Report on vaccination in Madras 1904-1921 - 1904-1921
Year: 1904
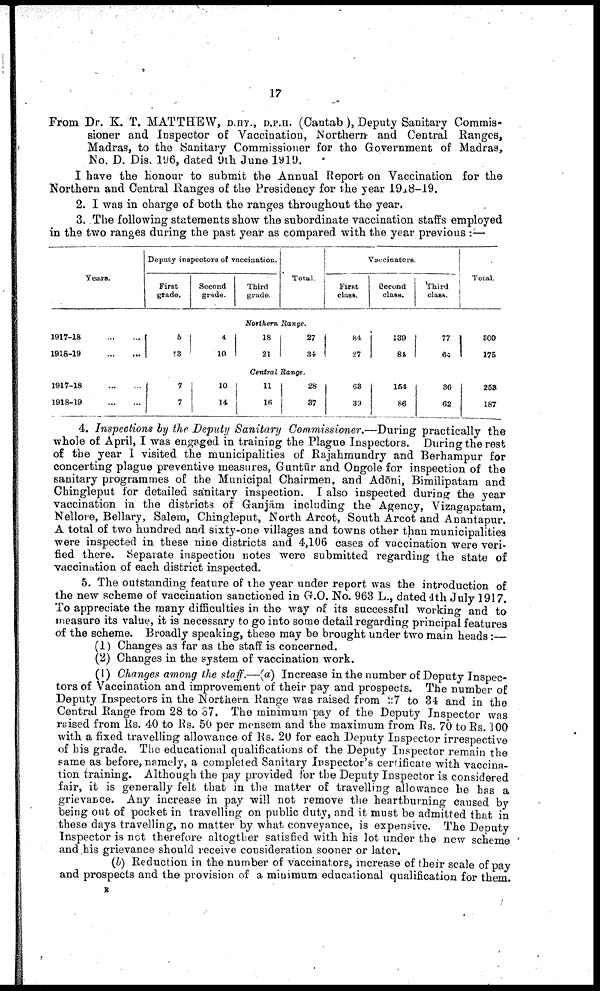
17
From Dr. K. T. MATTHEW, D.HY., D.P.H. (Cantab), Deputy Sanitary Commis-
sioner and Inspector of Vaccination, Northern- and Central Ranges,
Madras, to the Sanitary Commissioner for the Government of Madras,
No. D. Dis. 196, dated 9th June 1919.
I have the honour to submit the Annual Report on Vaccination for the
Northern and Central Ranges of the Presidency for the year 1918-19.
2. I was in charge of both the ranges throughout the year.
3. The following statements show the subordinate vaccination staffs employed
in the two ranges during the past year as compared with the year previous :—
Years,
Deputy inspectors of vaccination.
First
grade.
Second
grade.
Third
grade.
Total.
Vaccinators.
First
class.
Second
class.
Third
class
Total.
Northern Range.
1917-18... ...
1918-19... ...
5
13
4
10
18
21
27
34
84
27
139
84
77
64
300
175
Central Range.
1917-18...
...
1918-19...
...
7
7
10
14
11
16
28
37
63
39
154
86
36
62
253
187
4. Inspections by the Deputy Sanitary Commissioner.—During practically the
whole of April, I was engaged in training the Plague Inspectors. During the rest
of the year I visited the municipalities of Rajahmundry and Berhampur for
concerting plague preventive measures, Guntūr and Ongole for inspection of the
sanitary programmes of the Municipal Chairmen, and Adōni, Bimilipatam and
Chingleput for detailed sanitary inspection. I also inspected during the year
vaccination in the districts of Ganjām including the Agency, Vizagapatam,
Nellore, Bellary, Salem, Chingleput, North Arcot, South Arcot and Anantapur.
A total of two hundred and sixty-one villages and towns other than municipalities
were inspected in these nine districts and 4,106 cases of vaccination were veri
fied there. Separate inspection notes were submitted regarding the state of
vaccination of each district inspected.
5. The outstanding feature of the year under report was the introduction of
the new scheme of vaccination sanctioned in G.O. No. 963 L., dated 4th July 1917.
To appreciate the many difficulties in the way of its successful working and to
measure its value, it is necessary to go into some detail regarding principal features
of the scheme. Broadly speaking, these may be brought under two main heads:
(1) Changes as far as the staff is concerned.
(2) Changes in the system of vaccination work.
(I) Changes among the staff.—(a) Increase in the number of Deputy Inspec
tors of Vaccination and improvement of their pay and prospects. The number of
Deputy Inspectors in the Northern Range was raised from 27 to 34 and in the
Central Range from 28 to 37. The minimum pay of the Deputy Inspector was
raised from Rs. 40 to Rs. 50 per mensem and the maximum from Rs. 70 to Rs. 100
with a fixed travelling allowance of Rs. 20 for each Deputy Inspector irrespective
of his grade. The educational qualifications of the Deputy Inspector remain the
same as before, namely, a completed Sanitary Inspector's certificate with vaccina
tion training. Although the pay provided for the Deputy Inspector is considered
fair, it is generally felt that in the matter of travelling allowance he has a
grievance. Any increase in pay will not remove the heartburning caused by
being out of pocket in travelling on public duty, and it must be admitted that in
these days travelling, no matter by what conveyance, is expensive. The Deputy
Inspector is not therefore altogther satisfied with his lot under the new scheme
and his grievance should receive consideration sooner or later.
(b) Reduction in the number of vaccinators, increase of their scale of pay
and prospects and the provision of a minimum educational qualification for them.
E